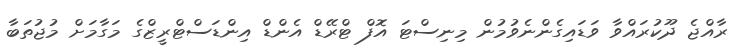
ރާއްޖެ ދޫކުރައްވާ ވަޑައިގެންނެވުމުން މިނިސްޓަ އޮފް ޓްރޭޑް އެންޑް އިންޑަސްޓްރީޒްގެ މަގާމަށް މުޖުތަބާ